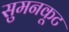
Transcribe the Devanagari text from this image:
सुमनकूट